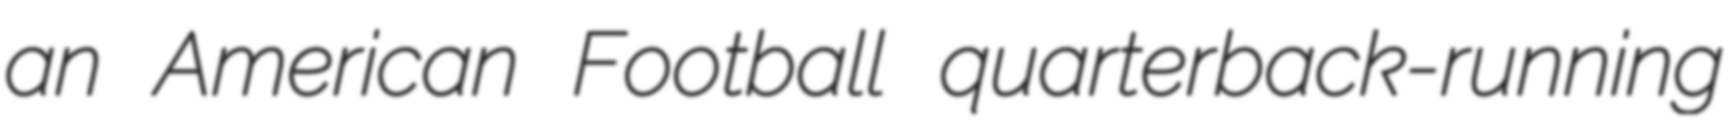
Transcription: an American Football quarterback-running